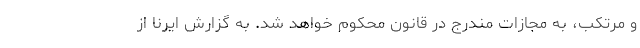
و مرتکب، به مجازات مندرج در قانون محکوم خواهد شد. به گزارش ایرنا از